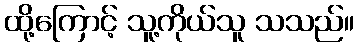
ထို့ကြောင့် သူ့ကိုယ်သူ သသည်။